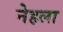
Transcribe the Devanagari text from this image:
नेहला